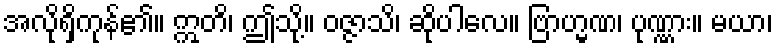
အလိုရှိကုန်၏။ ဣတိ၊ ဤသို့။ ဝဇ္ဇာသိ၊ ဆိုပါလေ။ ဗြာဟ္မဏ၊ ပုဏ္ဏား။ မယာ၊